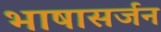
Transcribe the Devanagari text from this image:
भाषासर्जन